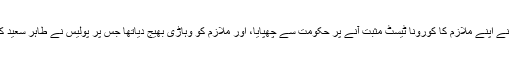
پولیس کی جانب سے جاری بیان کے مطابق طاہر سعید نے اپنے ملازم کا کورونا ٹیسٹ مثبت آنے پر حکومت سے چھپایا، اور ملازم کو وہاڑی بھیج دیاتھا جس پر پولیس نے طاہر سعید کے خلاف مقدمہ درج کرکے انہیں گھر سے گرفتار کیا۔